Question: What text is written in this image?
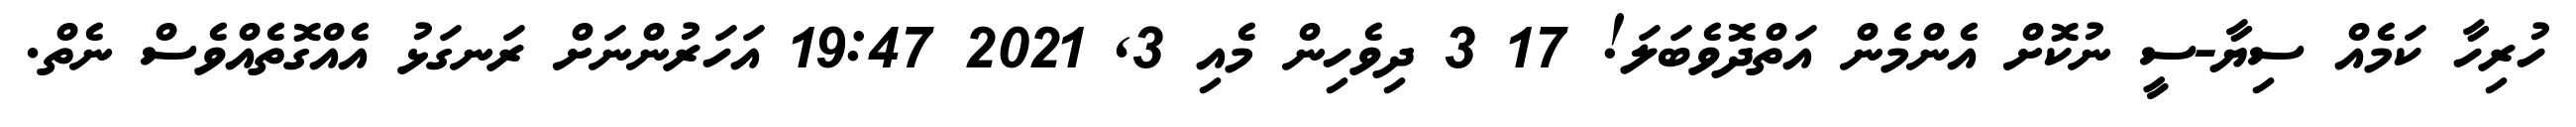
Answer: ހުރިހާ ކަމެއް ސިޔާ-ސީ ނުކޮށް އެންމެން އަތްދޮވެބަލަ! 17 3 ދިވެހިން މެއި 3, 2021 19:47 އަހަރުންނަށް ރަނގަޅު އެއްގޮތެއްވެސް ނެތް.